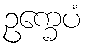
ဥက္ခေပံ